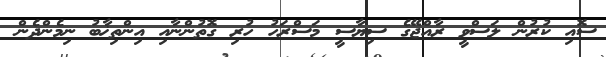
ސޮއި ކުރުން ލަސްވީ ރާއްޖޭގެ ސިޔާސީ މަސްރަހު ހުރި ގޮތުންނާއި އިންތިޚާބު ނިމެންދެން